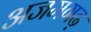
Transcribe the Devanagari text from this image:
अजमगढ़